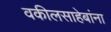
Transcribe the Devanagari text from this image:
वकीलसाहेबांना